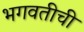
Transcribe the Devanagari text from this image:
भगवतीची